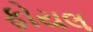
ફોયલ